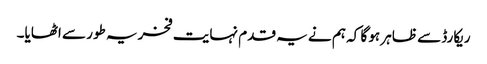
ریکارڈ سے ظاہر ہو گا کہ ہم نے یہ قدم نہایت فخریہ طور سے اٹھایا۔